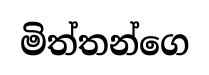
මිත්තන්ගෙ